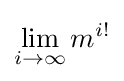
\lim _{i\to \infty }m^{i!}